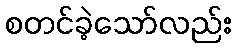
စတင်ခဲ့သော်လည်း